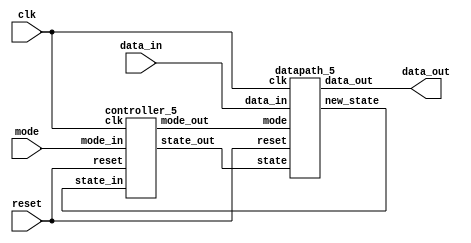
module encryption_co_processor(
    input [15:0] data_in,
    output [15:0] data_out,
    input clk,
    input reset,
    input mode
);

wire [2:0] state_from_controller_to_datapath;
wire [2:0] state_from_datapath_to_controller;
wire mode_from_controller_to_datapath;


datapath_5 datapath(
    .data_in(data_in),
    .data_out(data_out),
    .state(state_from_controller_to_datapath),
    .new_state(state_from_datapath_to_controller),
    .mode(mode_from_controller_to_datapath),
	.clk(clk),
    .reset(reset)
);

controller_5 controller(
    .mode_in(mode),
    .mode_out(mode_from_controller_to_datapath),
    .reset(reset),
    .clk(clk),
    .state_out(state_from_controller_to_datapath),
    .state_in(state_from_datapath_to_controller)
);

endmodule






module encrypt_1(
    input clk,
    input reset,
    input [15:0] data_in,
    output reg [15:0] data_out
//    output reg [2:0] state
);
    always @(posedge clk) begin
        if (reset) begin
            data_out <= 16'b0;
//            state <= 3'b001;
        end else begin
            // Scramble bits (permutation)
            data_out <= {data_in[15], data_in[10], data_in[5], data_in[0],
                         data_in[14], data_in[9], data_in[4], data_in[11],
                         data_in[13], data_in[8], data_in[3], data_in[12],
                         data_in[7], data_in[2], data_in[1], data_in[6]};
        end
    end
endmodule





module encrypt_2(
    input clk,
    input reset,
    input [15:0] data_in,
    output reg [15:0] data_out
//    output reg [2:0] state
);
    always @(posedge clk) begin
        if (reset) begin
            data_out <= 16'b0;
//            state <= 3'b001;
        end else begin
            // Scramble bits (permutation)
            data_out <= {data_in[0], data_in[2], data_in[4], data_in[6],
                         data_in[8], data_in[10], data_in[12], data_in[14],
                         data_in[1], data_in[3], data_in[5], data_in[7],
                         data_in[9], data_in[11], data_in[13], data_in[15]};
        end
    end
endmodule




module decrypt_1(
    input clk,
    input reset,
    input [15:0] data_in,
    output reg [15:0] data_out
//    output reg [2:0] state
);
    always @(posedge clk) begin
        if (reset) begin
            data_out <= 16'b0;
//            state <= 3'b001;
        end else begin
            // Unscramble bits (permutation)
            data_out <= {data_in[3], data_in[14], data_in[13], data_in[10],
                         data_in[6], data_in[2], data_in[15], data_in[12],
                         data_in[9], data_in[5], data_in[1], data_in[7],
                         data_in[11], data_in[8], data_in[4], data_in[0]};
        end
    end
endmodule





module decrypt_2(
    input clk,
    input reset,
    input [15:0] data_in,
    output reg [15:0] data_out
//    output reg [2:0] state
);
    always @(posedge clk) begin
        if (reset) begin
            data_out <= 16'b0;
//            state <= 3'b001;
        end else begin
            // Unscramble bits (permutation)
            data_out <= {data_in[0], data_in[8], data_in[1], data_in[9],
                         data_in[2], data_in[10], data_in[3], data_in[11],
                         data_in[4], data_in[12], data_in[5], data_in[13],
                         data_in[6], data_in[14], data_in[7], data_in[15]};
        end
    end
endmodule






module datapath_5(
    input [15:0] data_in,
    output reg [15:0] data_out,
    input [2:0] state,
    output reg [2:0] new_state,
    input mode,
	 input clk,
    input reset
);
    // will hold the current value of data
    reg [15:0] data_register;
    reg [15:0] encrypt_1_register;
    reg [15:0] encrypt_2_register;
    reg [15:0] decrypt_1_register;
    reg [15:0] decrypt_2_register;
	 wire [15:0] to_en_1;
	 wire [15:0] to_en_2;
	 wire [15:0] to_de_1;
	 wire [15:0] to_de_2;

    encrypt_1 encrypt_1(
        .clk(clk),
        .reset(reset),
        .data_in(data_register),
        .data_out(to_en_1)
//        .state(state)
    );
    encrypt_2 encrypt_2(
        .clk(clk),
        .reset(reset),
        .data_in(data_register),
        .data_out(to_en_2)
//        .state(state)
    );
    decrypt_1 decrypt_1(
        .clk(clk),
        .reset(reset),
        .data_in(data_register),
        .data_out(to_de_1)
//        .state(state)
    );
    decrypt_2 decrypt_2(
        .clk(clk),
        .reset(reset),
        .data_in(data_register),
        .data_out(to_de_2)
//        .state(state)
    );

    always @(posedge clk) begin
			encrypt_1_register <= to_en_1;
			encrypt_2_register <= to_en_2;
			decrypt_1_register <= to_de_1;
			decrypt_2_register <= to_de_2;
			data_out <= data_register;
        if (reset) begin
            new_state <= 3'b001; // move to the reset state
        end 
        
        else begin

            // start state
            case (state)
                3'b000: begin
                    if (mode == 1'b1)
                        new_state <= 3'b101;
                    else if (mode == 1'b0)
                        new_state <= 3'b011;
                end
                
                // reset state
                3'b001: begin
                    new_state <= 3'b000;
                end

                // finish state
                3'b010: begin
                    new_state <= 3'b000;
                end



                // encrypt_1 state
                3'b011: begin
                    if (reset)
                        new_state <= 3'b001;
                                        
                    else
                        data_register <= encrypt_1_register;
                        new_state <= 3'b100;
                end

                // encrypt_2 state
                3'b100: begin
                    if (reset)
                        new_state <= 3'b001;
                                        
                    else 
                        data_register <= encrypt_2_register;
                        new_state <= 3'b010;
                end

                // decrypt_1 state
                3'b101: begin
                    if (reset)
                        new_state <= 3'b001;
                                        
                    else 
                        data_register <= decrypt_1_register;
                        new_state <= 3'b110;
                end

                // decrypt_2 state
                3'b110: begin
                    if (reset)
                        new_state <= 3'b001;
                                        
                    else 
                        data_register <= decrypt_2_register;
                        new_state <= 3'b010;
                end

                // default state
                default: begin
                    // Default case
                    new_state <= 3'b000;
                end
            
            endcase
        end
    end

endmodule

module controller_5(
    input mode_in,
    output mode_out,
    input reset,
    input clk,
    output [2:0] state_out,
    input [2:0] state_in
);
    reg [2:0] state_register;
    
    reg mode_reg;

    assign mode_out = mode_reg;
    always @(posedge clk) begin
        mode_reg <= mode_in;
    end

    
    assign state_out = state_register;
    always @(posedge clk) begin
        state_register <= state_in;
		  
    end





endmodule